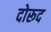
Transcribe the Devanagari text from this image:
दोरूद